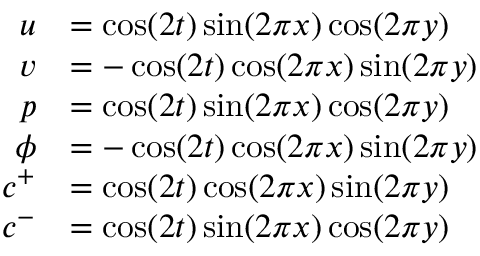
\begin{array} { r l } { u } & { = \cos ( 2 t ) \sin ( 2 \pi x ) \cos ( 2 \pi y ) } \\ { v } & { = - \cos ( 2 t ) \cos ( 2 \pi x ) \sin ( 2 \pi y ) } \\ { p } & { = \cos ( 2 t ) \sin ( 2 \pi x ) \cos ( 2 \pi y ) } \\ { \phi } & { = - \cos ( 2 t ) \cos ( 2 \pi x ) \sin ( 2 \pi y ) } \\ { c ^ { + } } & { = \cos ( 2 t ) \cos ( 2 \pi x ) \sin ( 2 \pi y ) } \\ { c ^ { - } } & { = \cos ( 2 t ) \sin ( 2 \pi x ) \cos ( 2 \pi y ) } \end{array}